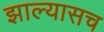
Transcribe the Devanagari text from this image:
झाल्यासच